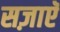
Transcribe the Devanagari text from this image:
सज़ाएॅ